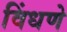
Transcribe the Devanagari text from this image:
विंधणे